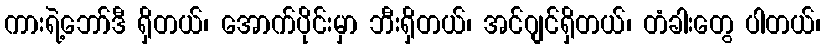
ကားရဲ့ဘော်ဒီ ရှိတယ်၊ အောက်ပိုင်းမှာ ဘီးရှိတယ်၊ အင်ဂျင်ရှိတယ်၊ တံခါးတွေ ပါတယ်၊